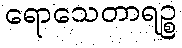
ရောသေတာရဉ္စ